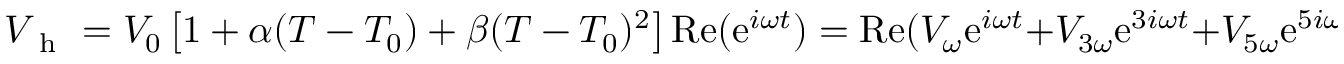
V _ { \mathrm { ~ h ~ } } = V _ { 0 } \left[ 1 + \alpha ( T - T _ { 0 } ) + \beta ( T - T _ { 0 } ) ^ { 2 } \right] \mathrm { R e } ( \mathrm { e } ^ { i \omega t } ) = \mathrm { R e } ( V _ { \omega } \mathrm { e } ^ { i \omega t } + V _ { 3 \omega } \mathrm { e } ^ { 3 i \omega t } + V _ { 5 \omega } \mathrm { e } ^ { 5 i \omega t } ) { . }